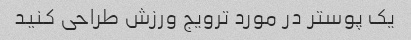
یک پوستر در مورد ترویج ورزش طراحی کنید